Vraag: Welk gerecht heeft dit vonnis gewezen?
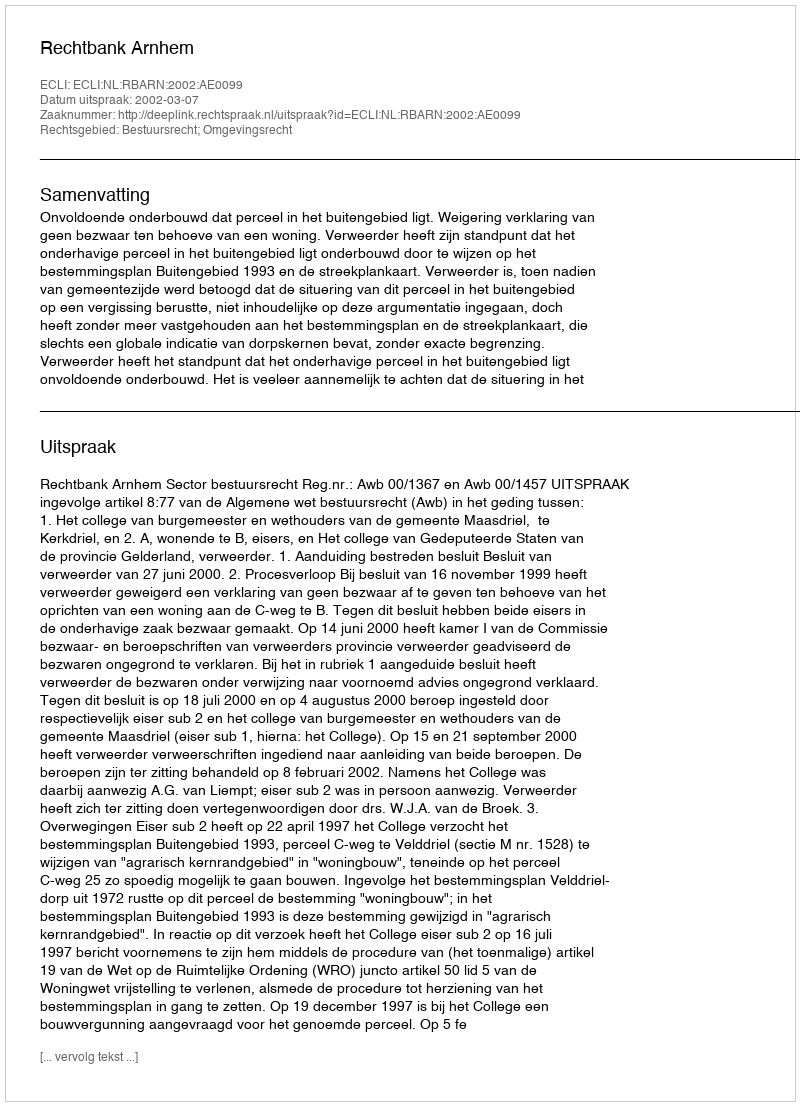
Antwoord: Rechtbank Arnhem